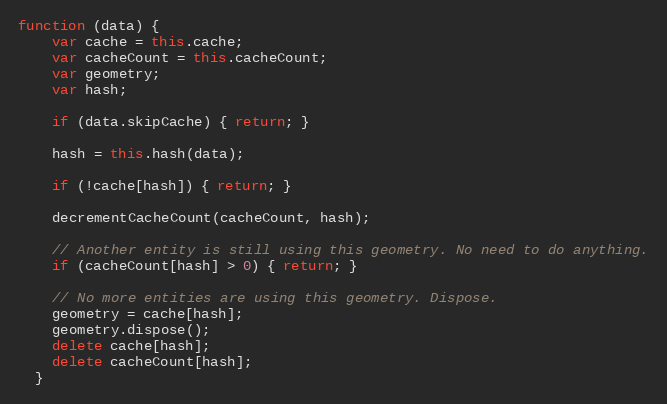
Language: JavaScript
function (data) {
    var cache = this.cache;
    var cacheCount = this.cacheCount;
    var geometry;
    var hash;

    if (data.skipCache) { return; }

    hash = this.hash(data);

    if (!cache[hash]) { return; }

    decrementCacheCount(cacheCount, hash);

    // Another entity is still using this geometry. No need to do anything.
    if (cacheCount[hash] > 0) { return; }

    // No more entities are using this geometry. Dispose.
    geometry = cache[hash];
    geometry.dispose();
    delete cache[hash];
    delete cacheCount[hash];
  }